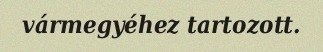
vármegyéhez tartozott.